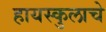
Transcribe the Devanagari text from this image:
हायस्कुलाचे